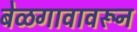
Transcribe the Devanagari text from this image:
बेळगावावरून